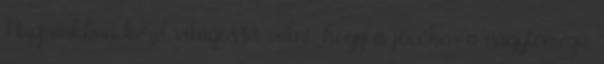
Napjainkban kezd világossá válni, hogy a jövőben a nagytömegű